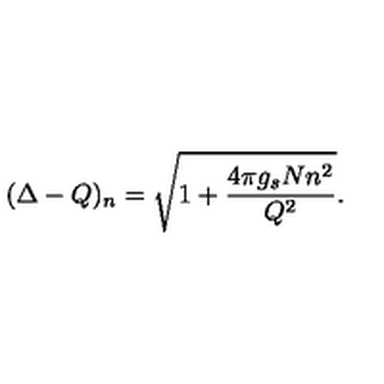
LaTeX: ( \Delta - Q ) _ { n } = \sqrt { 1 + \frac { 4 \pi g _ { s } N n ^ { 2 } } { Q ^ { 2 } } } .